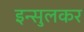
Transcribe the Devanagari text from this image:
इन्सुलकर